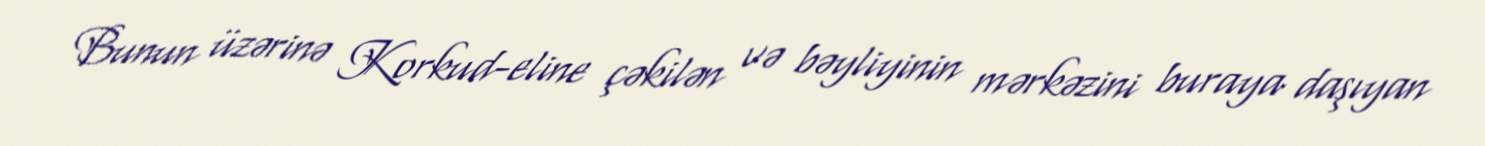
Bunun üzərinə Korkud-eline çəkilən və bəyliyinin mərkəzini buraya daşıyan